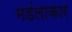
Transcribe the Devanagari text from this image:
मडंलाकार